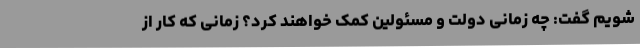
شویم گفت: چه زمانی دولت و مسئولین کمک خواهند کرد؟ زمانی که کار از